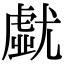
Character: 𡰐